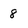
Character: 8